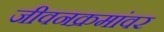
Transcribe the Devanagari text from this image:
जीवनक्रमांवर